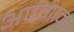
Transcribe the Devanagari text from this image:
अपंगाना